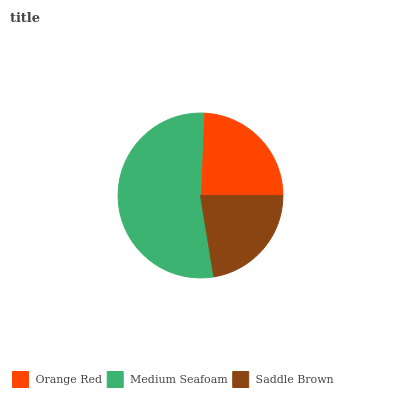
| Orange Red | Medium Seafoam | Saddle Brown |
 | --- | --- | --- |
 | 24.4% | 53.2% | 22.5% |